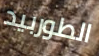
الطوربيد